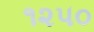
૧૨૫૦